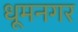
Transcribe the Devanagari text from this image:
धूमनगर